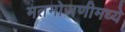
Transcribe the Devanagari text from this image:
मतमोजणीमध्ये